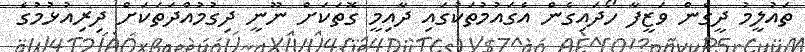
ތައުލީމު ދީގެން ވަޒީފާ ހޯދައިގެން އެގައުމުތަކުގައި ދާއިމީ ގޮތަކަށް ނޫނީ ދިގުމުއްދަތަކަށް ދިރިއުޅުމުގެ